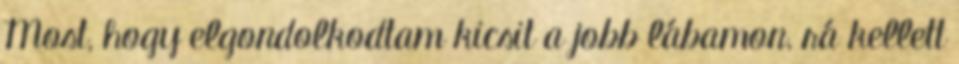
Most, hogy elgondolkodtam kicsit a jobb lábamon, rá kellett